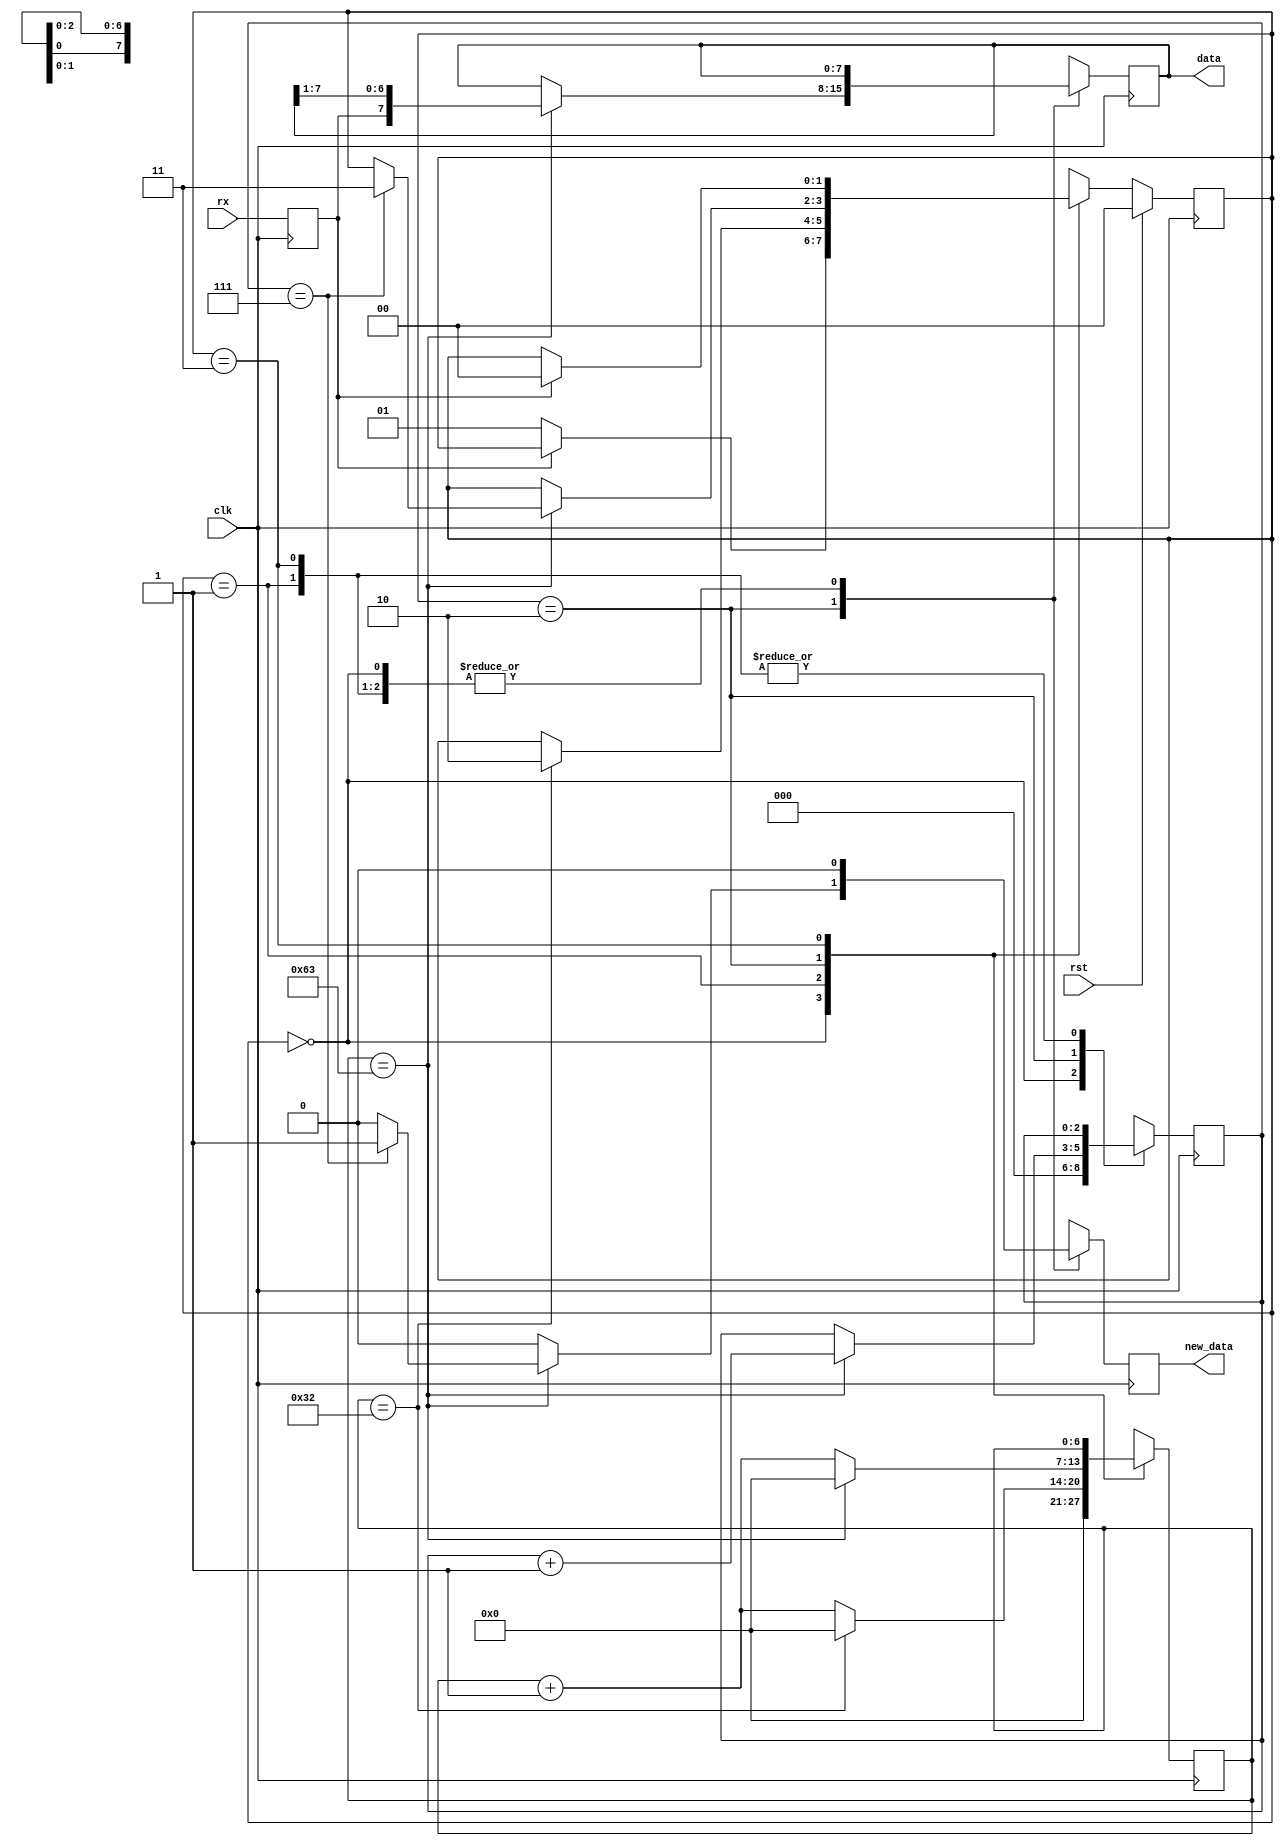
module uart_rx_3 (
    input clk,
    input rst,
    input rx,
    output reg [7:0] data,
    output reg new_data
  );
  
  localparam CLK_FREQ = 27'h5f5e100;
  localparam BAUD = 20'hf4240;
  
  
  localparam CLK_PER_BIT = 29'h00000064;
  
  localparam CTR_SIZE = 3'h7;
  
  localparam IDLE_state = 2'd0;
  localparam WAIT_HALF_state = 2'd1;
  localparam WAIT_FULL_state = 2'd2;
  localparam WAIT_HIGH_state = 2'd3;
  
  reg [1:0] M_state_d, M_state_q = IDLE_state;
  reg [6:0] M_ctr_d, M_ctr_q = 1'h0;
  reg [2:0] M_bitCtr_d, M_bitCtr_q = 1'h0;
  reg [7:0] M_savedData_d, M_savedData_q = 1'h0;
  reg M_newData_d, M_newData_q = 1'h0;
  reg M_rxd_d, M_rxd_q = 1'h0;
  
  always @* begin
    M_state_d = M_state_q;
    M_ctr_d = M_ctr_q;
    M_savedData_d = M_savedData_q;
    M_bitCtr_d = M_bitCtr_q;
    M_newData_d = M_newData_q;
    M_rxd_d = M_rxd_q;
    
    M_rxd_d = rx;
    M_newData_d = 1'h0;
    data = M_savedData_q;
    new_data = M_newData_q;
    
    case (M_state_q)
      IDLE_state: begin
        M_bitCtr_d = 1'h0;
        M_ctr_d = 1'h0;
        if (M_rxd_q == 1'h0) begin
          M_state_d = WAIT_HALF_state;
        end
      end
      WAIT_HALF_state: begin
        M_ctr_d = M_ctr_q + 1'h1;
        if (M_ctr_q == 29'h00000032) begin
          M_ctr_d = 1'h0;
          M_state_d = WAIT_FULL_state;
        end
      end
      WAIT_FULL_state: begin
        M_ctr_d = M_ctr_q + 1'h1;
        if (M_ctr_q == 30'h00000063) begin
          M_savedData_d = {M_rxd_q, M_savedData_q[1+6-:7]};
          M_bitCtr_d = M_bitCtr_q + 1'h1;
          M_ctr_d = 1'h0;
          if (M_bitCtr_q == 3'h7) begin
            M_state_d = WAIT_HIGH_state;
            M_newData_d = 1'h1;
          end
        end
      end
      WAIT_HIGH_state: begin
        if (M_rxd_q == 1'h1) begin
          M_state_d = IDLE_state;
        end
      end
      default: begin
        M_state_d = IDLE_state;
      end
    endcase
  end
  
  always @(posedge clk) begin
    M_ctr_q <= M_ctr_d;
    M_bitCtr_q <= M_bitCtr_d;
    M_savedData_q <= M_savedData_d;
    M_newData_q <= M_newData_d;
    M_rxd_q <= M_rxd_d;
    
    if (rst == 1'b1) begin
      M_state_q <= 1'h0;
    end else begin
      M_state_q <= M_state_d;
    end
  end
  
endmodule